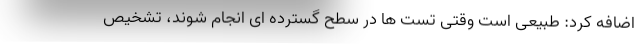
اضافه کرد: طبیعی است وقتی تست ها در سطح گسترده ای انجام شوند، تشخیص